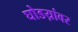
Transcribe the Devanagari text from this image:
घोडय़ांवर